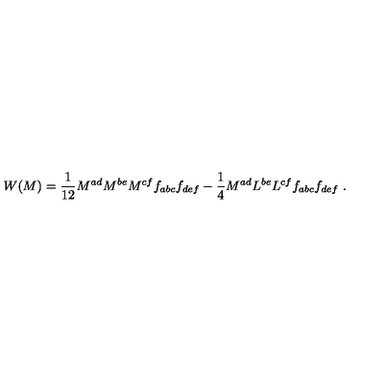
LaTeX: W ( M ) = \frac { 1 } { 1 2 } M ^ { a d } M ^ { b e } M ^ { c f } f _ { a b c } f _ { d e f } - \frac { 1 } { 4 } M ^ { a d } L ^ { b e } L ^ { c f } f _ { a b c } f _ { d e f } \ .